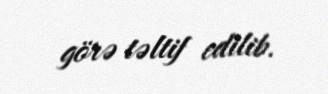
görə təltif edilib.